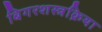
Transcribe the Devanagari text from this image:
बिगरशस्त्रक्रिया